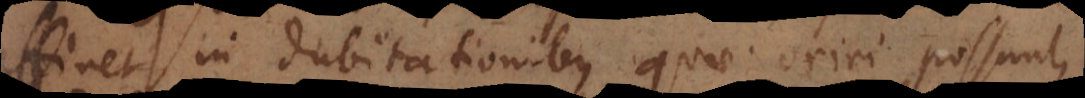
attinet in dubitationibus quae oriri possunt,